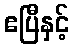
ဧပြီနှင့်